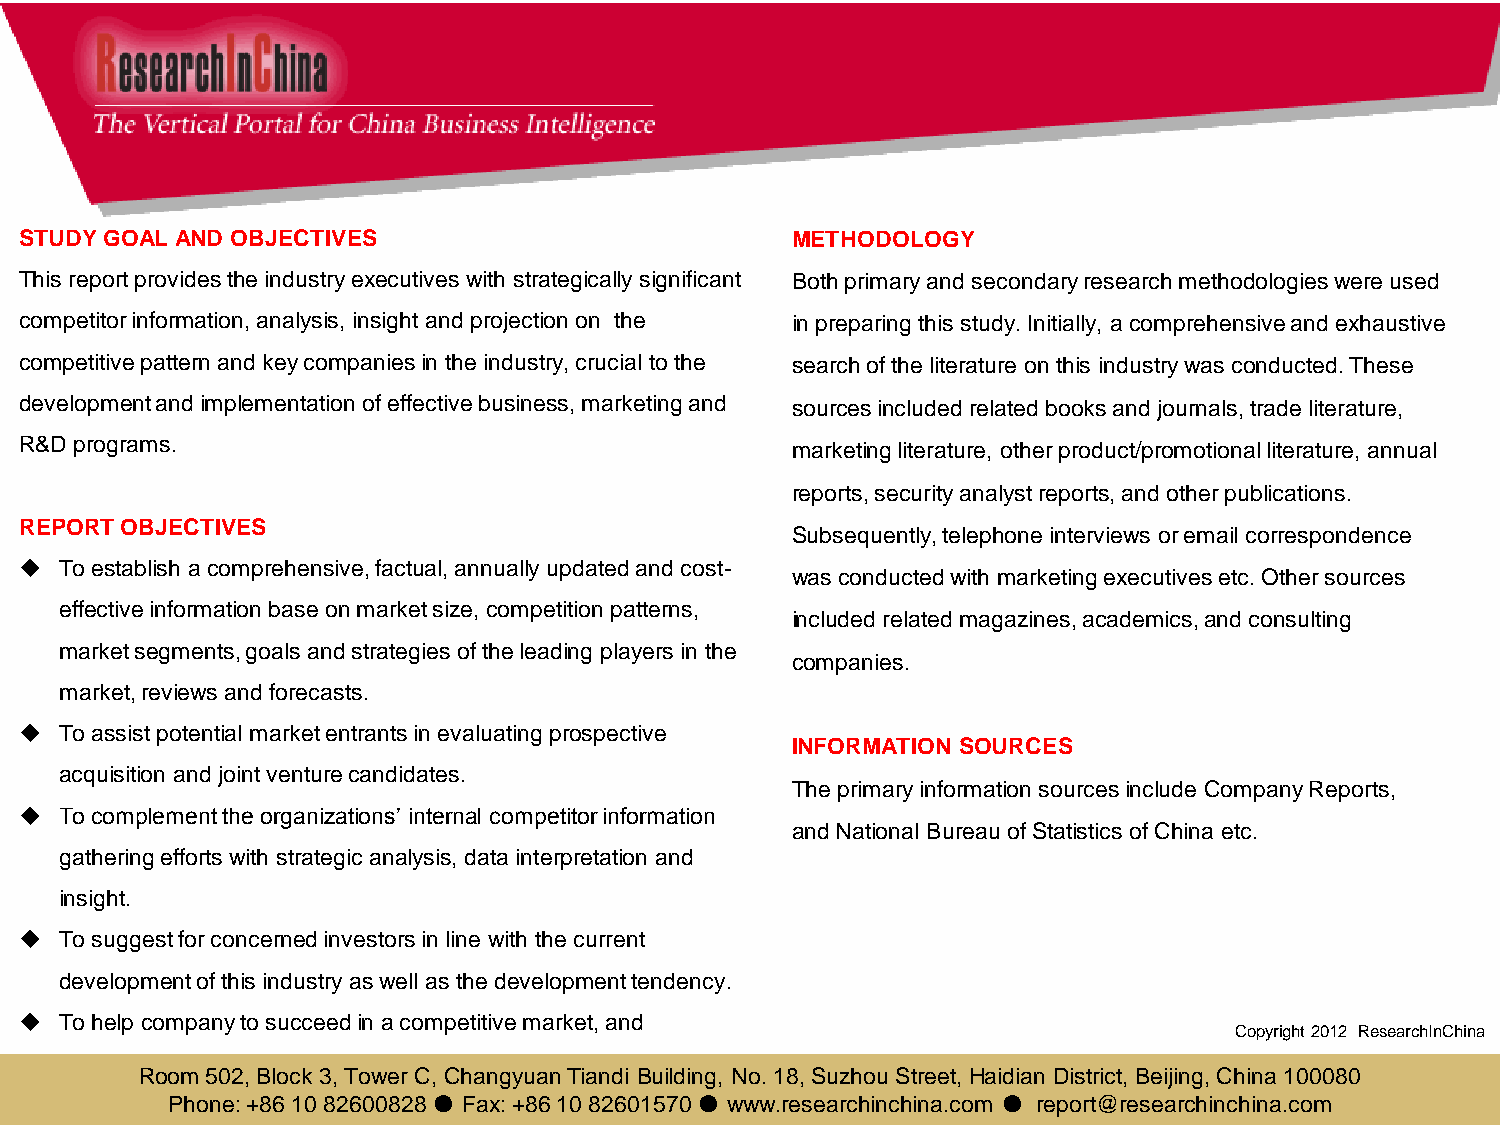
STUDY GOAL AND OBJECTIVES                          METHODOLOGY
 This report provides the industry executives with strategically significant Both primary and secondary research methodologies were used
 competitor information, analysis, insight and projection on the in preparing this study. Initially, a comprehensive and exhaustive
 competitive pattern and key companies in the industry, crucial to the search of the literature on this industry was conducted. These
 development and implementation of effective business, marketing and sources included related books and journals, trade literature,
 R&D programs.                                      marketing literature, other product/promotional literature, annual
 reports, security analyst reports, and other publications.
 REPORT OBJECTIVES
 Subsequently, telephone interviews or email correspondence
   To establish a comprehensive, factual, annually updated and cost-
 was conducted with marketing executives etc. Other sources
 effective information base on market size, competition patterns,
 included related magazines, academics, and consulting
 market segments, goals and strategies of the leading players in the
 companies.
 market, reviews and forecasts.
   To assist potential market entrants in evaluating prospective
 INFORMATION SOURCES
 acquisition and joint venture candidates.
 The primary information sources include Company Reports,
   To complement the organizations’ internal competitor information
 and National Bureau of Statistics of China etc.
 gathering efforts with strategic analysis, data interpretation and
 insight.
   To suggest for concerned investors in line with the current
 development of this industry as well as the development tendency.
   To help company to succeed in a competitive market, and
 Copyright 2012 ResearchInChina
 understand the size and growth rate of any opportunity.
 Room 502, Block 3, Tower C, Changyuan Tiandi Building, No. 18, Suzhou Street, Haidian District, Beijing, China 100080
 Phone: +86 10 82600 828 ● Fax: +86 10 82601570 ● www.researchinchina.com ● report@researchinchina.com